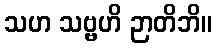
သဟ သဗ္ဗဟိ ဉာတိဘိ။